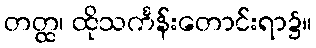
တတ္ထ၊ ထိုသင်္ကန်းတောင်းရာ၌။